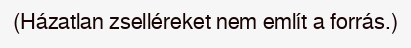
(Házatlan zselléreket nem említ a forrás.)